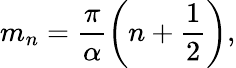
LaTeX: m_{n}=\frac{\pi}{\alpha}\left(n+\frac{1}{2}\right),